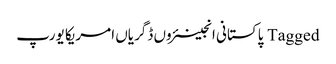
Tagged پاکستانی انجینئروں ڈگریاں امریکا یورپ